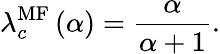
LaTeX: \lambda_{c}^{\mathrm{MF}}\left(\alpha\right)=\frac{\alpha}{\alpha+1}.